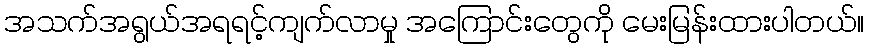
အသက်အရွယ်အရရင့်ကျက်လာမှု အကြောင်းတွေကို မေးမြန်းထားပါတယ်။